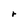
Character: r